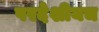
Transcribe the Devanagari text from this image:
परदेशीयच